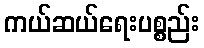
ကယ်ဆယ်ရေးပစ္စည်း